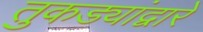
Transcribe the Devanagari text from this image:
तुकड्यांद्वारे